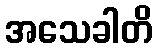
အသေခါတိ